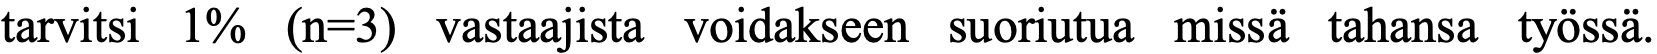
tarvitsi 1% (n=3) vastaajista voidakseen suoriutua missä tahansa työssä.